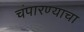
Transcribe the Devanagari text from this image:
चंपारण्याचा